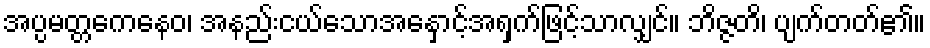
အပ္ပမတ္တကေနေဝ၊ အနည်းငယ်သောအနှောင့်အရှက်ဖြင့်သာလျှင်။ ဘိဇ္ဇတိ၊ ပျက်တတ်၏။